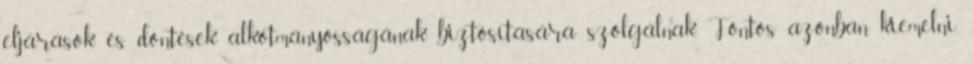
eljárások és döntések alkotmányosságának biztosítására szolgálnak. Fontos azonban kiemelni,